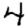
Digit: 4